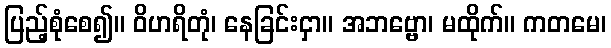
ပြည့်စုံစေ၍။ ဝိဟရိတုံ၊ နေခြင်းငှာ။ အဘဗ္ဗော၊ မထိုက်။ ကတမေ၊